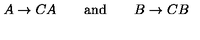
A \rightarrow C A \qquad { \mathrm { a n d } } \qquad B \rightarrow C B